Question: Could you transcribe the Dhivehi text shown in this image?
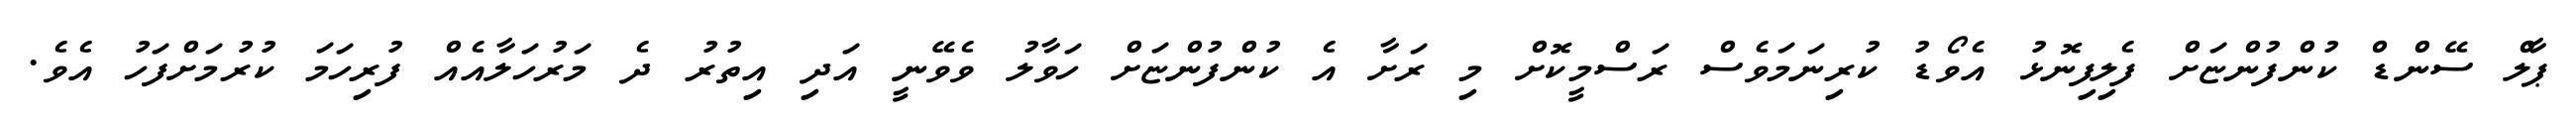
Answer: ޕާލް ސޭންޑް ކުންފުންޏަށް ފެލިފިނޮޅު އެވޯޑު ކުރިނަމަވެސް ރަސްމީކޮށް މި ރަށާ އެ ކުންފުންޏަށް ހަވާލު ވެވޭނީ އަދި އިތުރު ދެ މަރުހަލާއެއް ފުރިހަމަ ކުރުމަށްފަހު އެވެ.